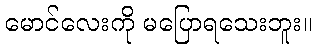
မောင်လေးကို မပြောရသေးဘူး။